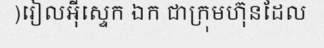
)រៀលអ៊ីស្ទេក ឯក ជាក្រុមហ៊ុនដែល